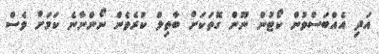
އަދި އެއްބަސްވުން ކޯޓުން ނޫން ގޮތަކަށް ބާތިލް ކުރެވެން ނޯންނާނެ ކަމަށް ވެސް